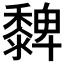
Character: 𪐄